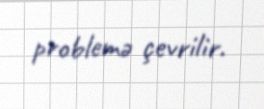
problemə çevrilir.